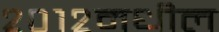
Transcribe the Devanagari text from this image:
२०१२मधील